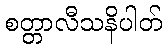
စတ္တာလီသနိပါတ်